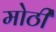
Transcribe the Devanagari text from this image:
मोठीं